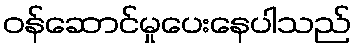
ဝန်ဆောင်မှုပေးနေပါသည်